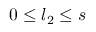
0 \le l _ { 2 } \le s